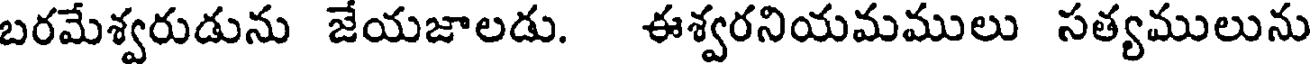
బరమేశ్వరుడును జేయజాలడు. ఈశ్వరనియమములు సత్యములును